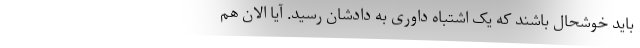
باید خوشحال باشند که یک اشتباه داوری به دادشان رسید. آیا الان هم